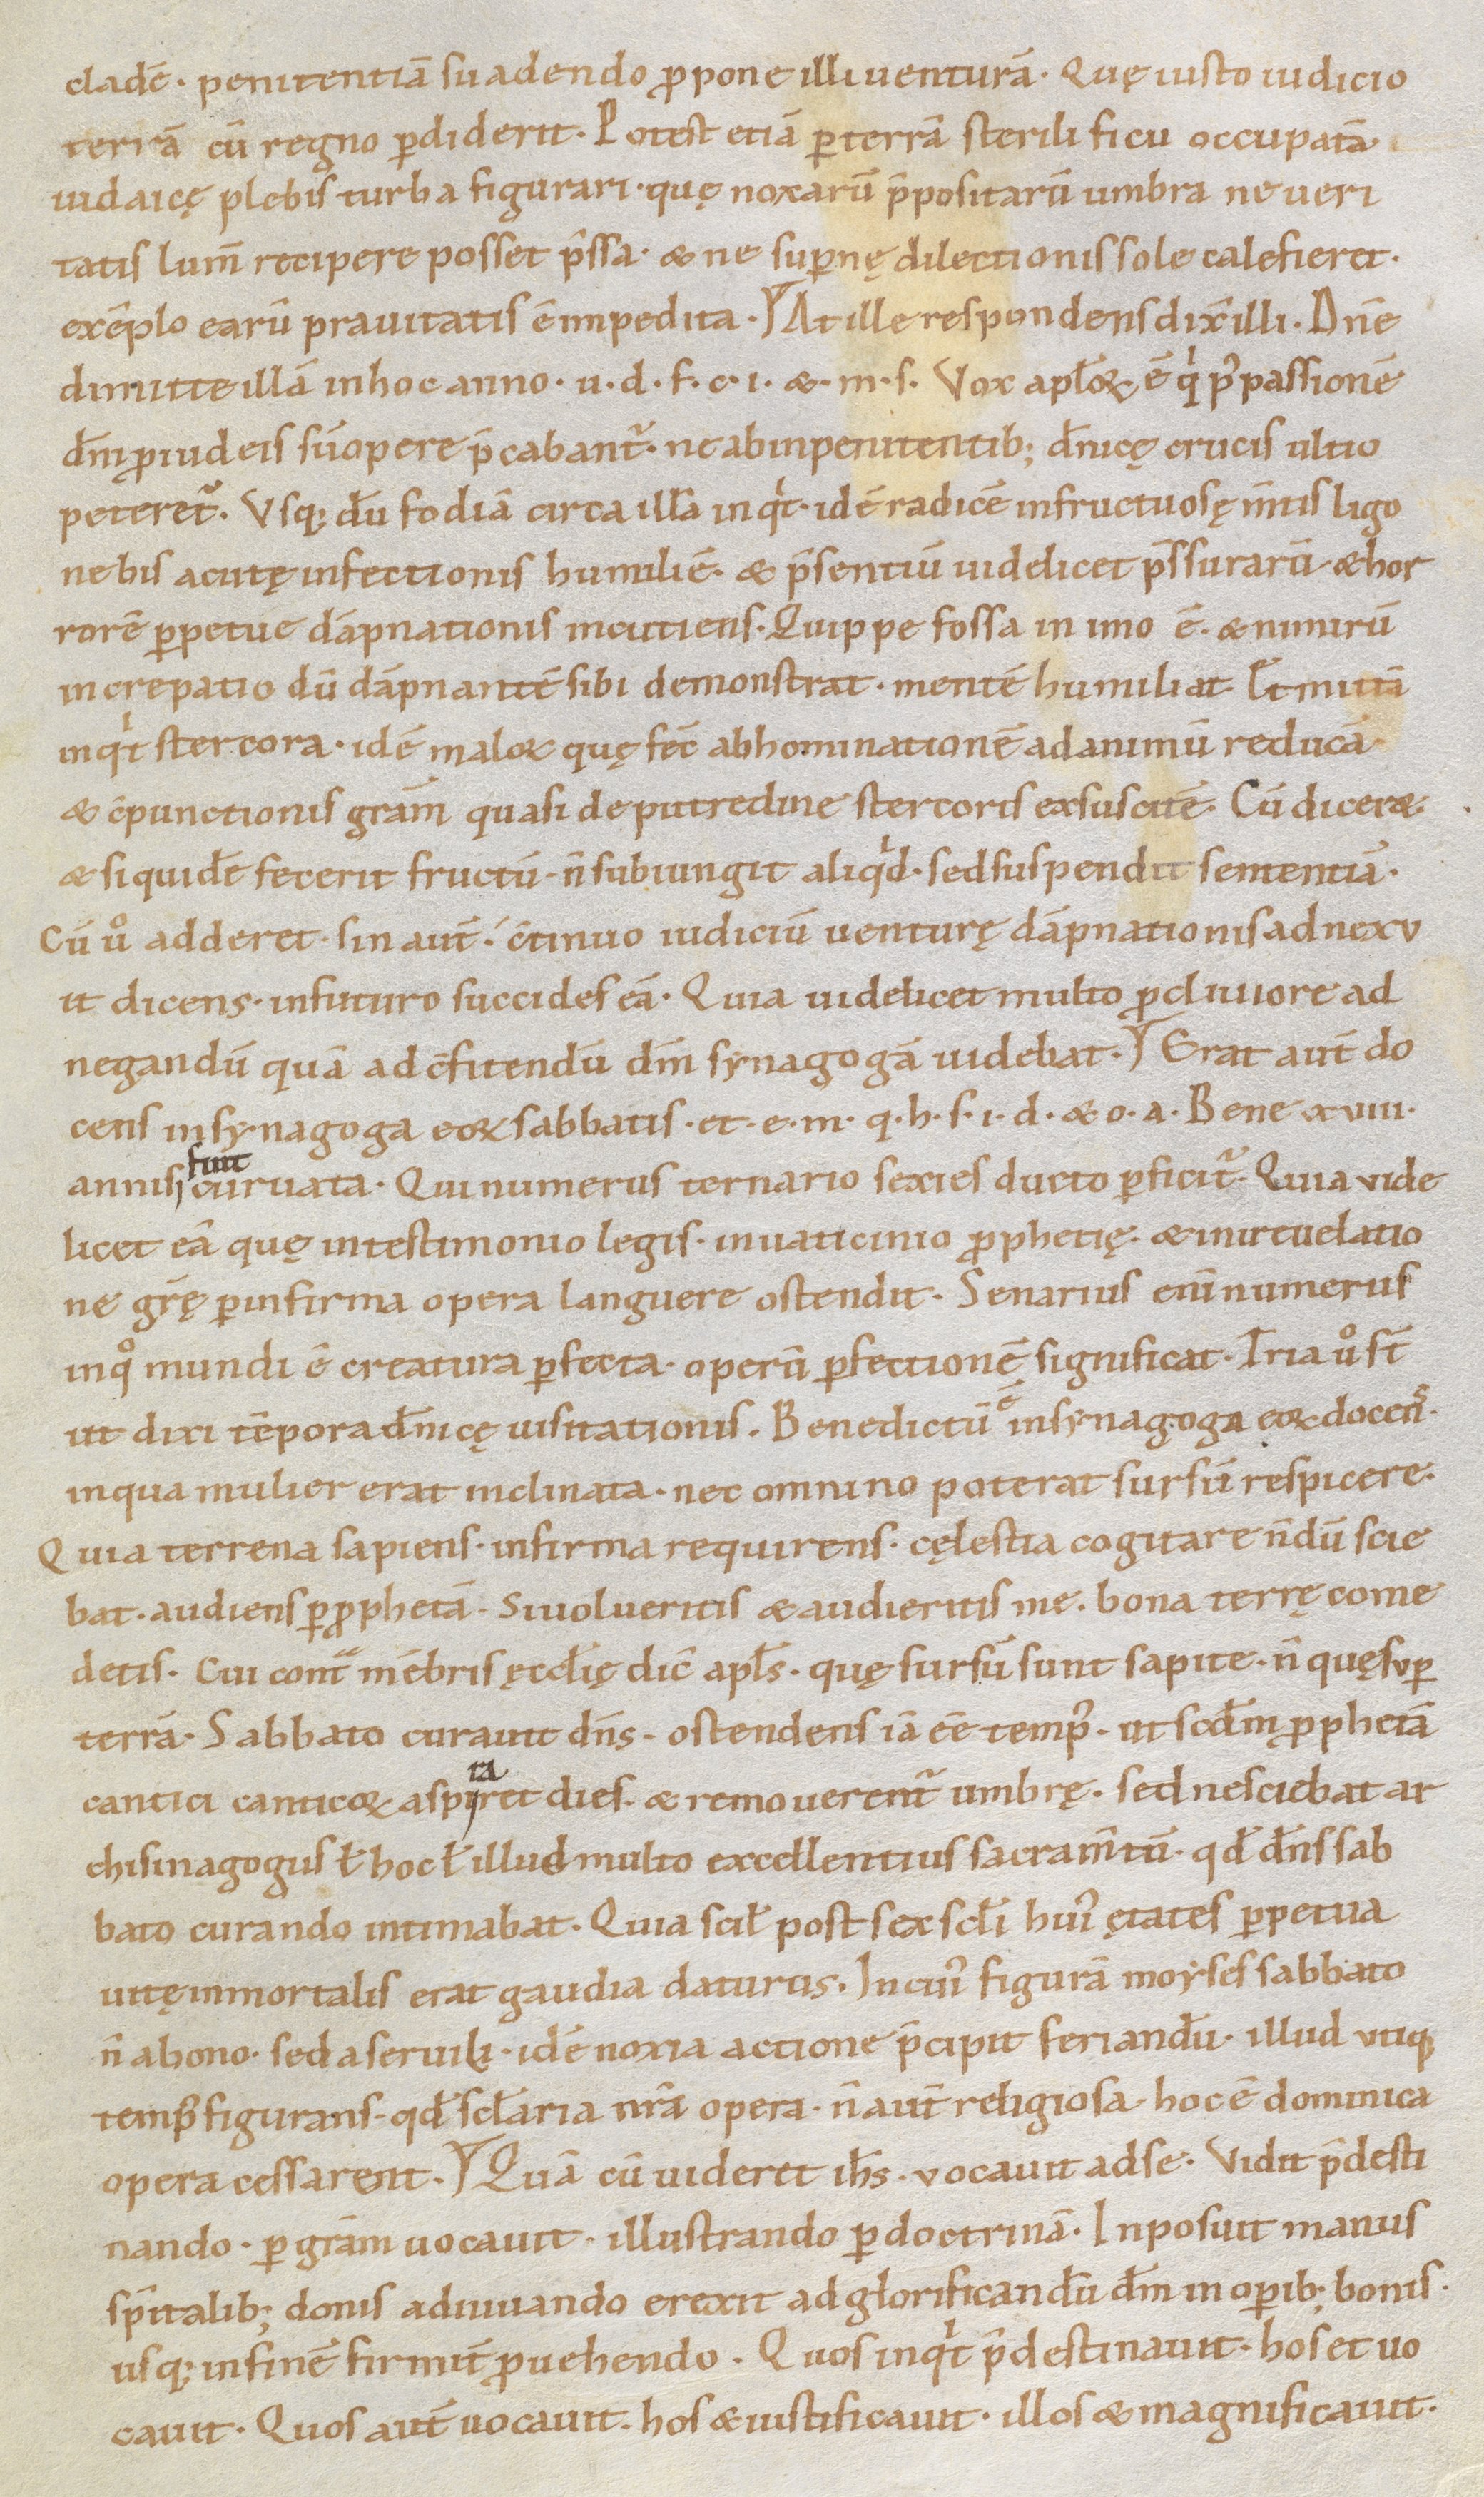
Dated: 1100–1199